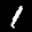
Label: 1